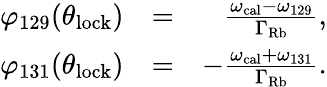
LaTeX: \begin{array}{rlr}{\varphi_{129}(\theta_{\mathrm{lock}})}&{=}&{\frac{\omega_{\mathrm{cal}}-\omega_{129}}{\Gamma_{\mathrm{Rb}}},}\\ {\varphi_{131}(\theta_{\mathrm{lock}})}&{=}&{-\frac{\omega_{\mathrm{cal}}+\omega_{131}}{\Gamma_{\mathrm{Rb}}}.}\end{array}